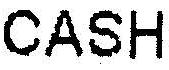
CASH